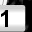
Digit: 1